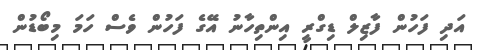
އަދި ފަހުން ފާޒިލް ޑިގްރީ އިންތިހާނު އޭގެ ފަހުން ވެސް ހަމަ މިބޯޑުން